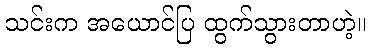
သင်းက အယောင်ပြ ထွက်သွားတာဟဲ့။